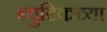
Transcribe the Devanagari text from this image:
ब्युटिकच्या